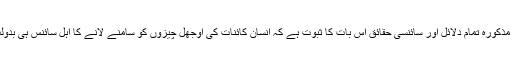
جبکہ مذکورہ تمام دلائل اور سائنسی حقائق اس بات کا ثبوت ہے کہ انسان کائنات کی اوجھل چیزوں کو سامنے لانے کا اہل سائنس ہی بدولت ہوا۔